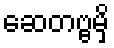
ဆေတဗ္ဗမှိ